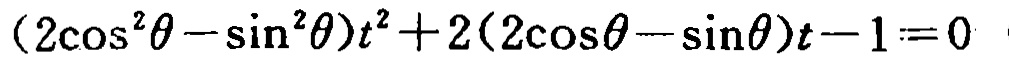
\((2\cos^{2}\theta - \sin^{2}\theta)t^{2}+2(2\cos\theta - \sin\theta)t - 1 = 0\)